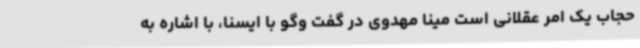
حجاب یک امر عقلانی است مینا مهدوی در گفت وگو با ایسنا، با اشاره به